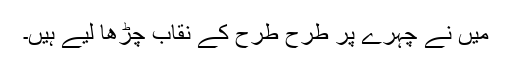
میں نے چہرے پر طرح طرح کے نقاب چڑھا لیے ہیں۔